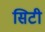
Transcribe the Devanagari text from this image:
सिटी